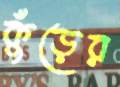
কুঁড়ের